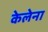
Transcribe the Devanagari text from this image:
केलेना